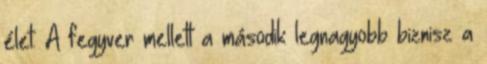
élet. A fegyver mellett a második legnagyobb biznisz a